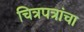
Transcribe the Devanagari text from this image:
चित्रपत्रांचा